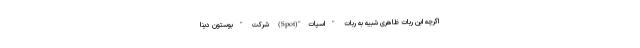
اگرچه این ربات ظاهری شبیه به ربات "اسپات"(Spot) شرکت "بوستون دینا